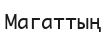
Магаттың